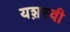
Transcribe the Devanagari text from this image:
यश़स्वी